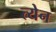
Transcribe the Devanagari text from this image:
त्येन